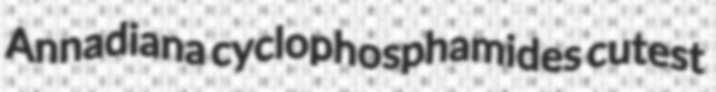
Annadiana cyclophosphamides cutest